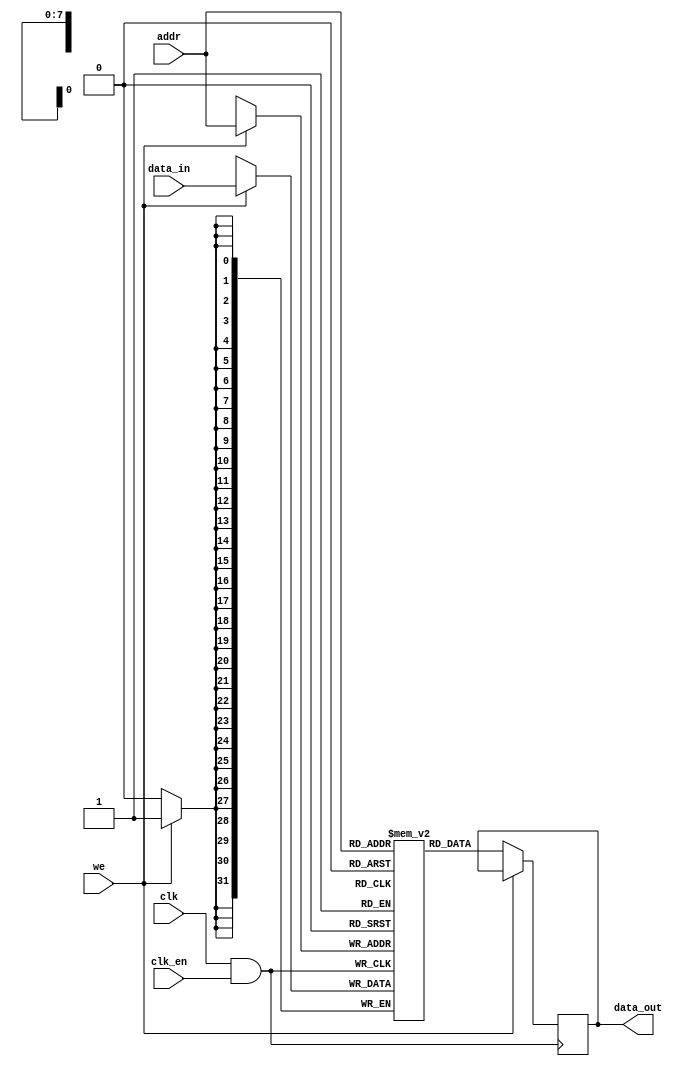
module memory_block (
    input wire clk,          // Original clock signal
    input wire clk_en,       // Static enable signal for clock gating
    input wire [7:0] addr,   // Address input
    input wire [31:0] data_in, // Data input
    input wire we,          // Write enable signal
    output reg [31:0] data_out // Data output
);

    // Memory array (32-bit wide, 256 entries)
    reg [31:0] mem [0:255];

    // Gated clock signal
    wire gated_clk;

    // Clock gating logic using AND gate
    assign gated_clk = clk & clk_en; // Active high clock gating

    always @(posedge gated_clk) begin
        if (we) begin
            // Write operation
            mem[addr] <= data_in;
        end
        else begin
            // Read operation
            data_out <= mem[addr];
        end
    end

endmodule